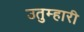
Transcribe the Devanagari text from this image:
उतुम्हारी